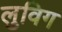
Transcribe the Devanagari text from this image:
लुविग